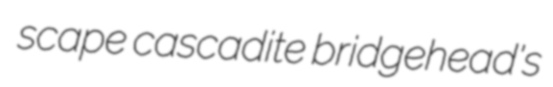
scape cascadite bridgehead's